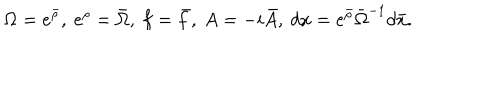
LaTeX: \Omega = e ^ { \bar { \rho } } , \ e ^ { \rho } = \bar { \Omega } , \ f = \bar { f } , \ A = - i \bar { A } , \ d x = e ^ { \bar { \rho } } \bar { \Omega } ^ { - 1 } d \bar { x } .